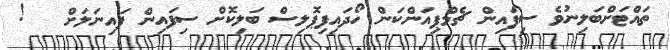
ތައްޓަށްބަލިނުވެ ސިފައިން ޗެމްޕިއަންކަން ހޯދައިފިޕޮލިސް ބަލިކޮށް ސިފައިން ފައިނަލަށް   !